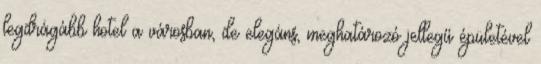
legdrágább hotel a városban, de elegáns, meghatározó jellegű épületével